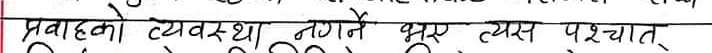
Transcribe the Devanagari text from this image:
प्रवाहको व्यवस्था नगर्ने भए त्यस पश्चात